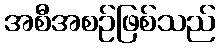
အစီအစဉ်ဖြစ်သည်